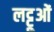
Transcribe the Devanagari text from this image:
लट्टूओं